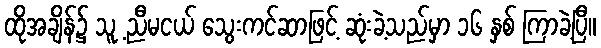
ထိုအချိန်၌ သူ့ ညီမငယ် သွေးကင်ဆာဖြင့် ဆုံးခဲ့သည်မှာ ၁၆ နှစ် ကြာခဲ့ပြီ။